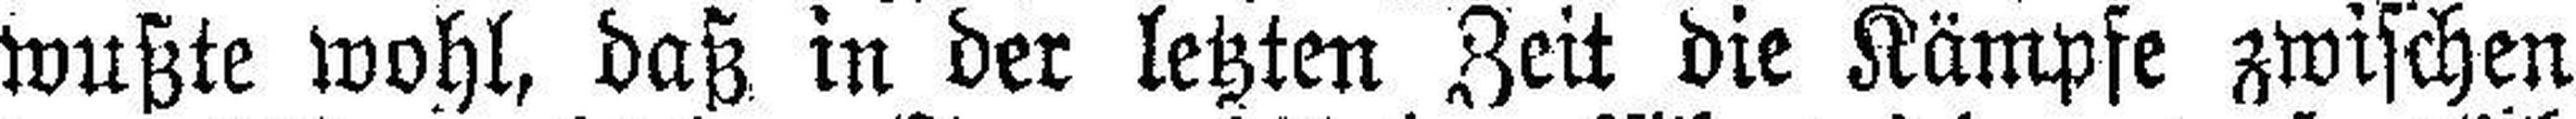
wußte wohl, daß in der letzten Zeit die Kämpfe zwischen